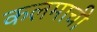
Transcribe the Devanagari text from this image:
कलमाची